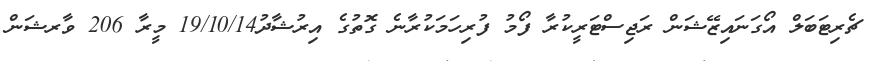
ޗެރިޓަބަލް އޯގަނައިޒޭޝަން ރަޖިސްޓަރީކުރާ ފޯމު ފުރިހަމަކުރާނެ ގޮތުގެ އިރުޝާދު19/10/14 މީރާ 206 ވާރޝަން